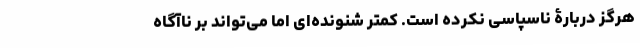
هرگز دربارۀ ناسپاسی نکرده است. کمتر شنونده‌ای اما می‌تواند بر ناآگاه